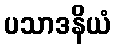
ပသာဒနိယံ